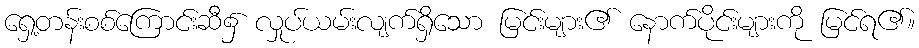
ရှေ့တန်းစစ်ကြောင်းဆီ၌ လှုပ်ယမ်းလျက်ရှိသော မြင်းများ၏ နောက်ပိုင်းများကို မြင်ရ၏။